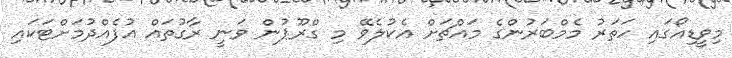
މިވީޑިއޯގައި ހަތަރު މެމްބަރުންގެ މައްޗަށް އެކުލެވޭ މި ގްރޫޕުން ވަނީ ރާގުތައް އުފެއްދުމަށްޓަކައި